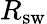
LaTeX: R_{\mathrm{sw}}